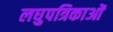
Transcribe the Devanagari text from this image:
लघुपत्रिकाओं